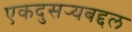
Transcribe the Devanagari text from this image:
एकदुसर्‍यबद्दल